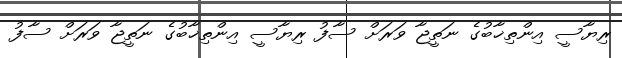
ރިޔާސީ އިންތިޚާބުގެ ނަތީޖާ ވަރަށް ސާފު ރިޔާސީ އިންތިޚާބުގެ ނަތީޖާ ވަރަށް ސާފު